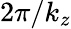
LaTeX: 2\pi/k_{z}